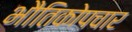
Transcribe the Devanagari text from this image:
भौतिकोपचार